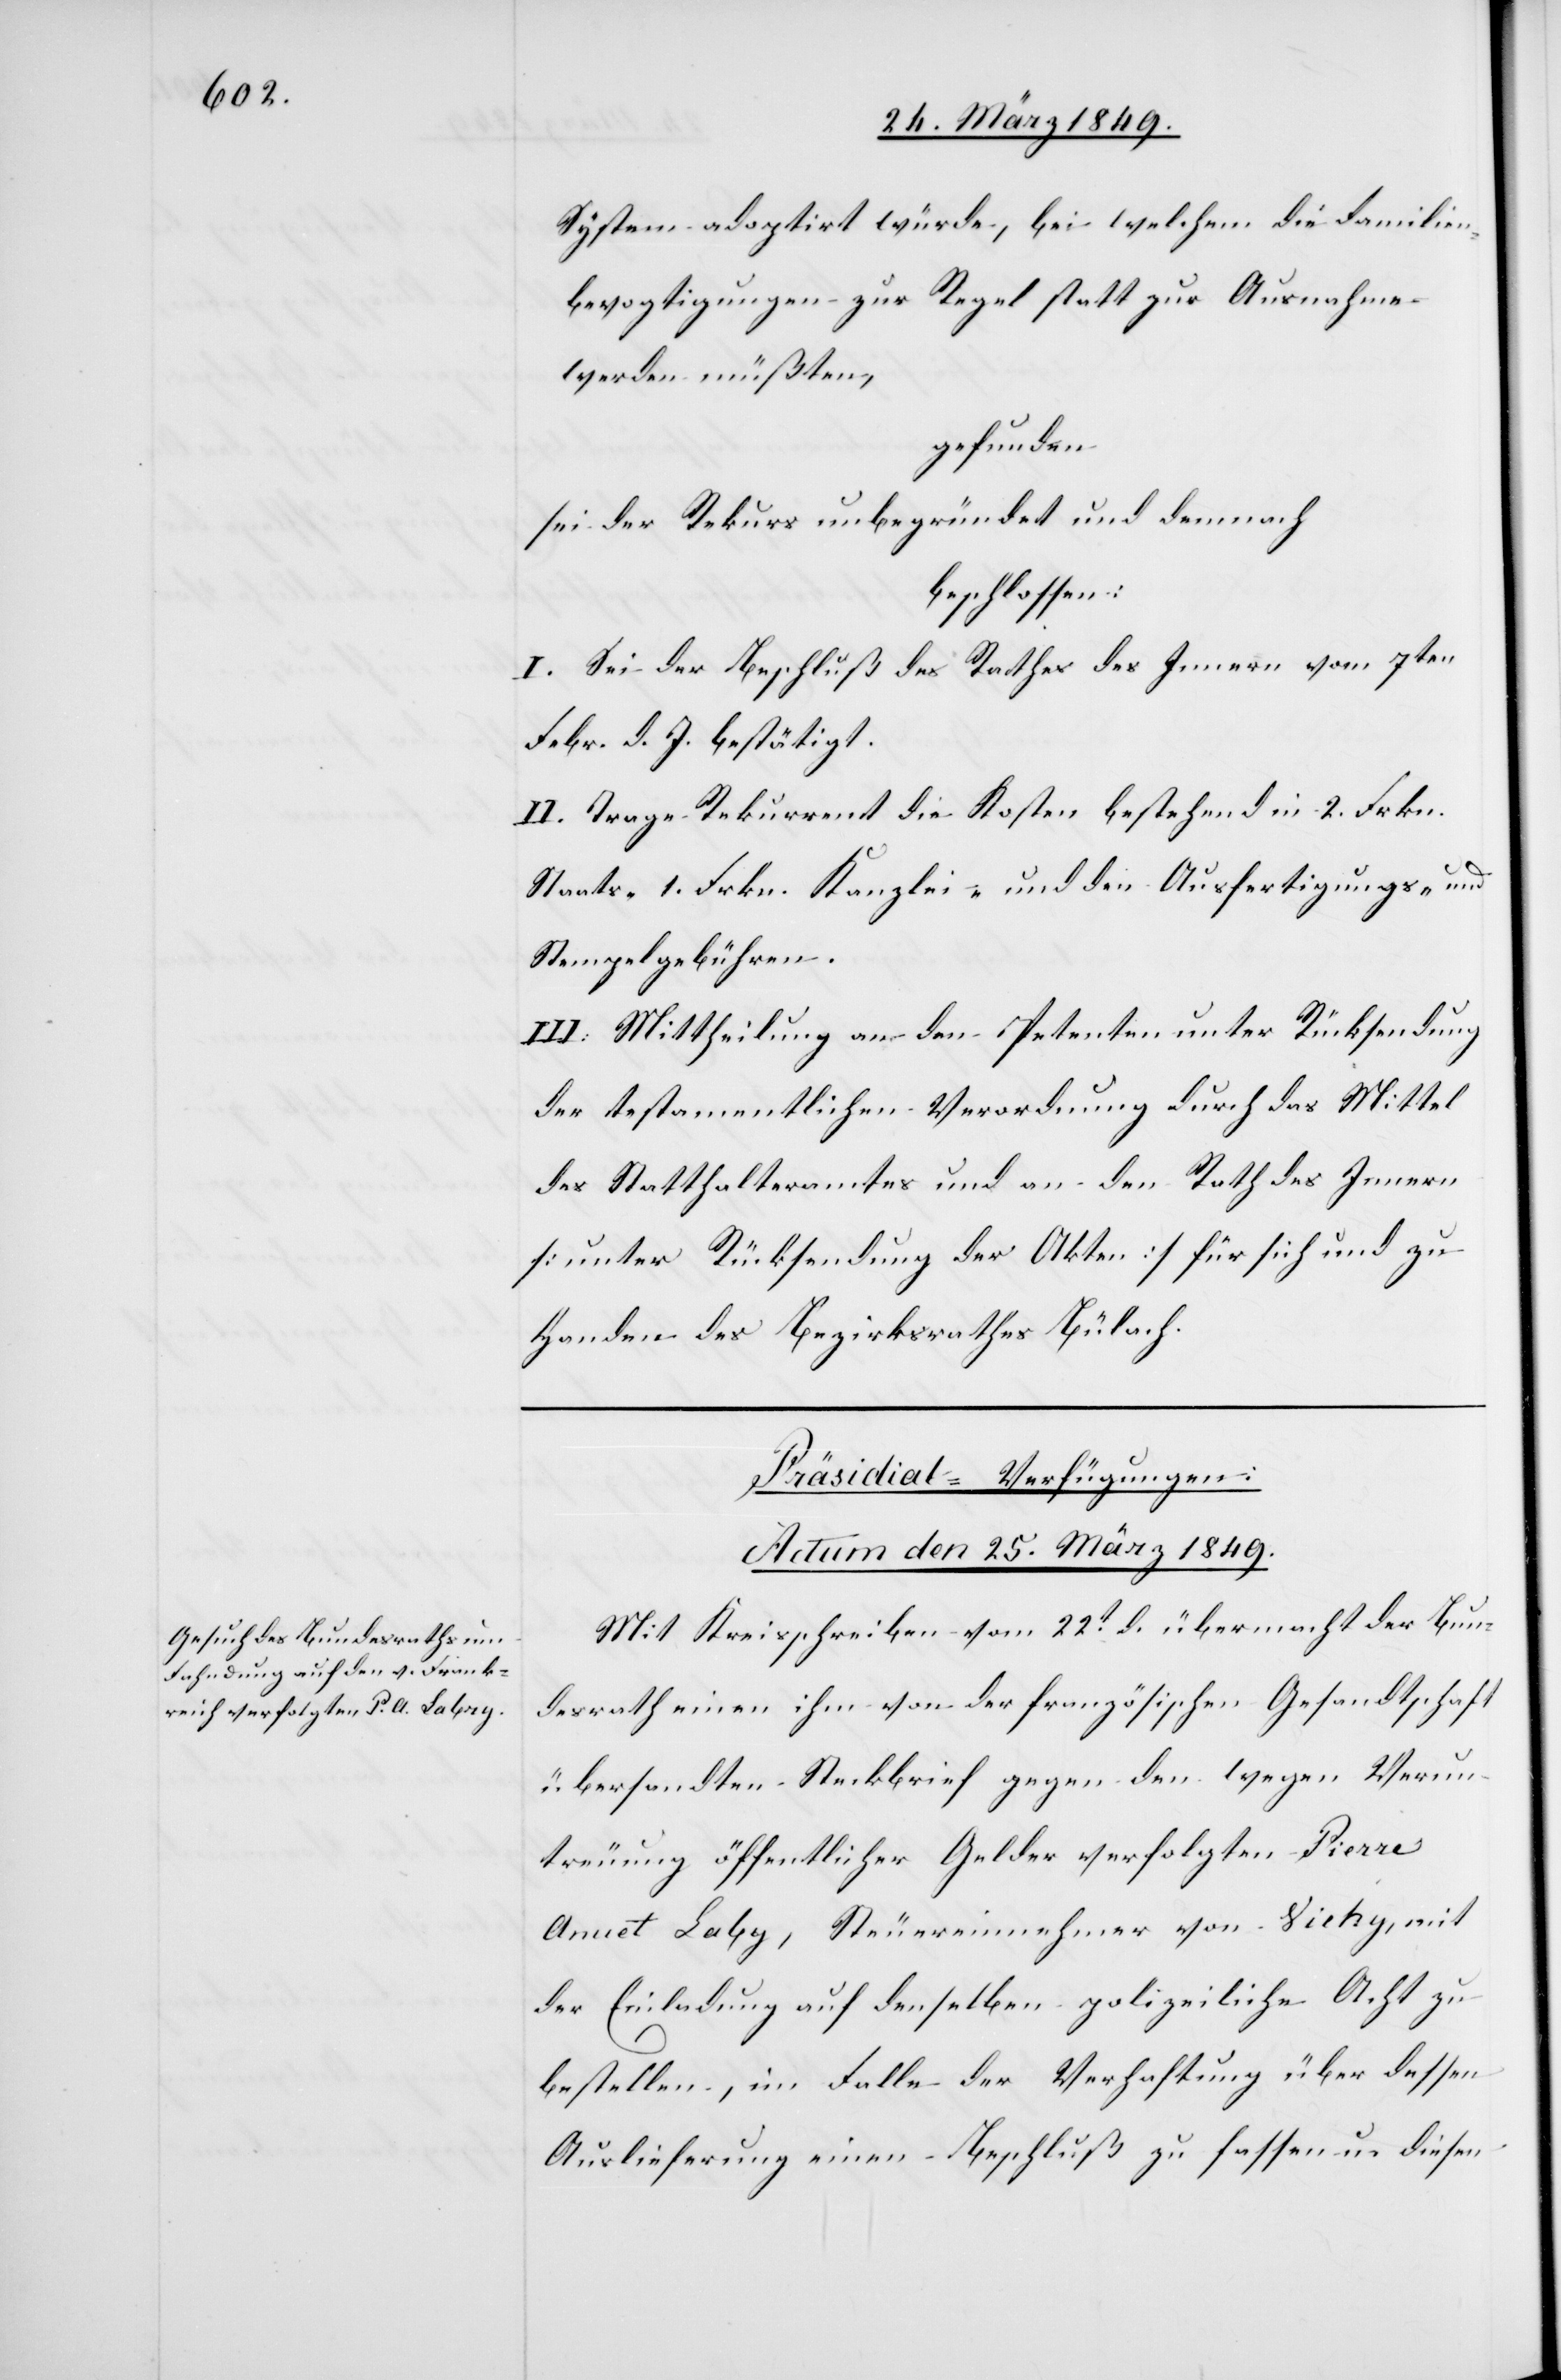
System adoptirt würde, bei welchem die Familien¬
bevogtigung zur Regel statt zur Ausnahme
werden müßten
gefunden
sei der Rekurs unbegründet und demnach
beschlossen:
I. Sei der Beschluß des Rathes des Innern vom 7ten
Febr. d. J. bestätigt.
II. Trage Rekurrent die Kosten bestehend in 2. Frkn.
Staats- 1. Frkn. Kanzlei- und den Ausfertigungs- und
Stempelgebühren.
III. Mittheilung an den Petenten unter Rücksendung
der testamentlichen Verordnung durch das Mittel
des Statthalteramtes und an den Rath des Innern
[unter Rücksendung der Akten] für sich und zu
Handen des Bezirksrathes Bülach.
Präsidial-Verfügungen:
Actum den 25. März 1849.
Mit Kreisschreiben vom 22t. d. übermacht der Bun¬
desrath einen ihm von der französischen Gesandtschaft
übersandten Steckbrief gegen den wegen Verun¬
treuung öffentlicher Gelder verfolgten Pierre
Anuet Laby [sic!], Steuereinnehmer von Vichy, mit
der Einladung auf denselben polizeiliche Acht zu
bestellen, im Falle der Verhaftung über dessen
Auslieferung einen Beschluß zu fassen u. diesen